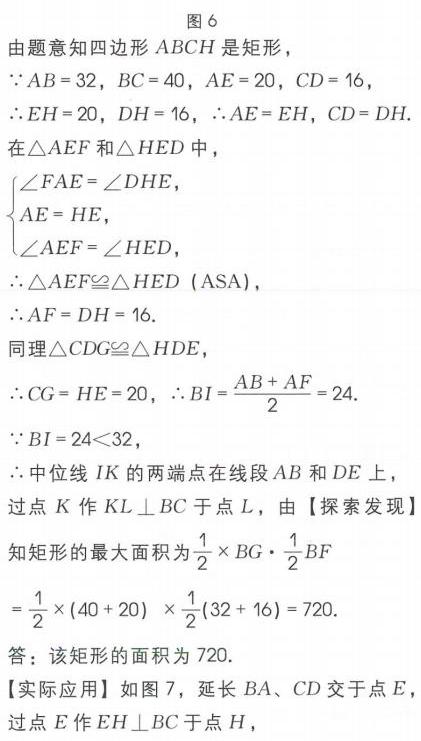
图6
由题意知四边形\(ABCH\)是矩形，
\(\because AB = 32,BC = 40,AE = 20,CD = 16\)，
\(\therefore EH=20,DH = 16\)，\(\therefore AE = EH,CD = DH\)
在\(\triangle AEF\)和\(\triangle HED\)中，
\(\begin{cases}
\angle FAE=\angle DHE,\\
AE = HE,\\
\angle AEF=\angle HED,
\end{cases}\)
\(\therefore\triangle AEF\cong\triangle HED\ (\text{ASA})\)，
\(\therefore AF = DH = 16\).
同理\(\triangle CDG\cong\triangle HDE\)，
\(\therefore CG = HE = 20\)，\(\therefore BI=\frac{AB + AF}{2}=24\).
\(\because BI = 24<32\)，
\(\therefore\)中位线\(IK\)的两端点在线段\(AB\)和\(DE\)上
过点\(K\)作\(KL\perp BC\)于点\(L\)，由【探索发现】
知矩形的最大面积为\(\frac{1}{2}\times BG\cdot\frac{1}{2}BF\)
\(=\frac{1}{2}\times(40 + 20)\times\frac{1}{2}(32 + 16)=720\).
答：该矩形的面积为\(720\).
【实际应用】如图7，延长\(BA,CD\)交于点\(E\)
过点\(E\)作\(EH\perp BC\)于点\(H\)，